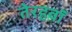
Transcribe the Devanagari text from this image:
तेरहवॉं